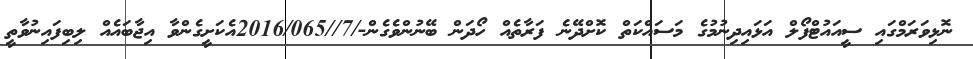
ނޮޅިވަރަމްގައި ސީއައުޓްފޯލް އަޅައިދިނުމުގެ މަސައްކަތް ކޮށްދޭނެެ ފަރާތެއް ހޯދަން ބޭނުންވެގެން-/7//2016/065އެކަށީގެންވާ އިޖާބައެއް ލިބިފައިނުވާތީ